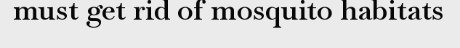
must get rid of mosquito habitats